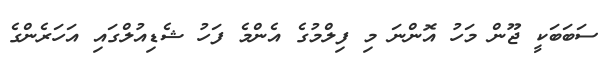
ސަބަބަކީ ޖޫން މަހު އޮންނަ މި ފިލްމުގެ އެންމެ ފަހު ޝެޑިއުލްގައި އަހަރެންގެ